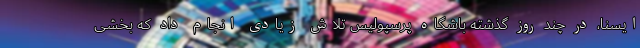
ایسنا، در چند روز گذشته باشگاه پرسپولیس تلاش زیادی انجام داد که بخشی